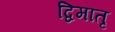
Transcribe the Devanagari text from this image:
द्विमातृ